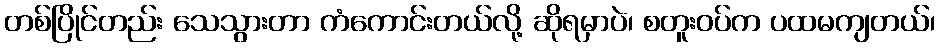
တစ်ပြိုင်တည်း သေသွားတာ ကံကောင်းတယ်လို့ ဆိုရမှာပဲ၊ စတူးဝပ်က ပထမကျတယ်၊